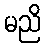
မညိ